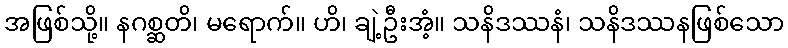
အဖြစ်သို့။ နဂစ္ဆတိ၊ မရောက်။ ဟိ၊ ချဲ့ဦးအံ့။ သနိဒဿနံ၊ သနိဒဿနဖြစ်သော